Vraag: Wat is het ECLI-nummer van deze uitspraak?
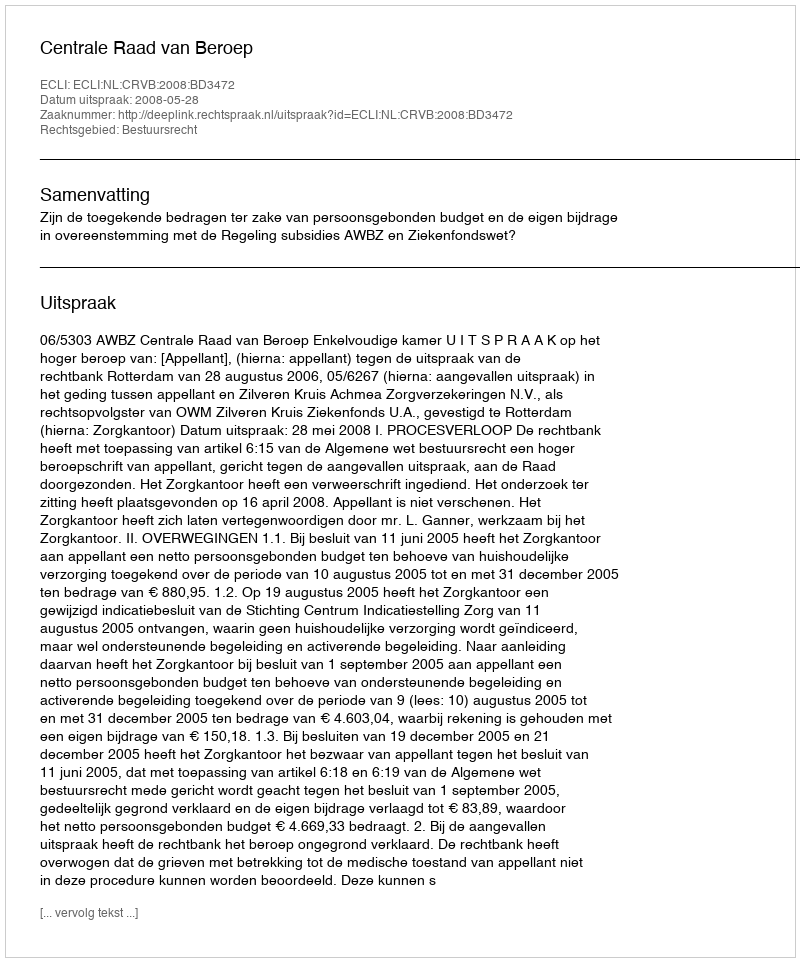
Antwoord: ECLI:NL:CRVB:2008:BD3472